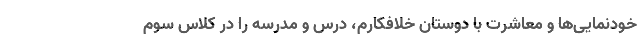
خودنمایی‌ها و معاشرت با دوستان خلافکارم، درس و مدرسه را در کلاس سوم